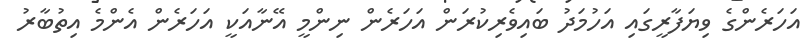
އަހަރެންގެ ވިޔަފާރީގައި އަހުމަދު ބައިވެރިކުރަން އަހަރެން ނިންމީ އޭނާއަކީ އަހަރެން އެންމެ އިތުބާރު